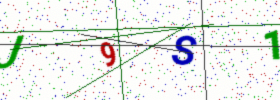
Text: J9S1